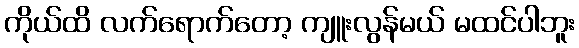
ကိုယ်ထိ လက်ရောက်တော့ ကျူးလွန်မယ် မထင်ပါဘူး